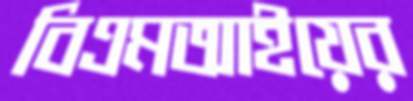
বিএমআইয়ের